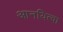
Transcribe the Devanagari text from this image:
आनयित्वा